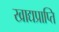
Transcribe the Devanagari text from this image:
खाद्यप्राप्ति